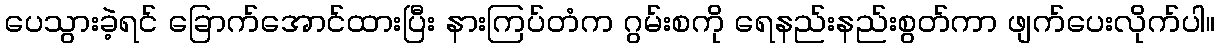
ပေသွားခဲ့ရင် ခြောက်အောင်ထားပြီး နားကြပ်တံက ဂွမ်းစကို ရေနည်းနည်းစွတ်ကာ ဖျက်ပေးလိုက်ပါ။